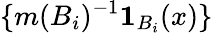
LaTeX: \{ m(B_{i})^{-1}\mathbf{1}_{B_{i}}(x)\}